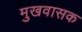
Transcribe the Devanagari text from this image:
मुखवासक